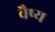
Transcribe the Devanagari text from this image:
वैष्य